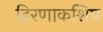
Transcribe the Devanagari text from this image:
हिरणाकशिप